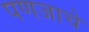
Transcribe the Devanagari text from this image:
पणजाचे